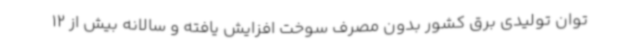
توان تولیدی برق کشور بدون مصرف سوخت افزایش یافته و سالانه بیش از 12